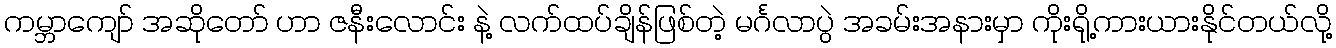
ကမ္ဘာကျော် အဆိုတော် ဟာ ဇနီးလောင်း နဲ့ လက်ထပ်ချိန်ဖြစ်တဲ့ မင်္ဂလာပွဲ အခမ်းအနားမှာ ကိုးရို့ကားယားနိုင်တယ်လို့